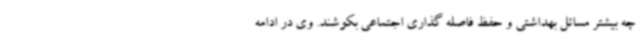
چه بیشتر مسائل بهداشتی و حفظ فاصله گذاری اجتماعی بکوشند. وی در ادامه